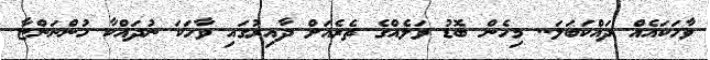
ވާހަކައެއް ދައްކަބަލަ.. މިހެން ބޮޑު ވަލެއްގެ ތެރެއަށް ދާއިރުގައި ވާހަކަ ނުދައްކާ ހުންނަންޏާ